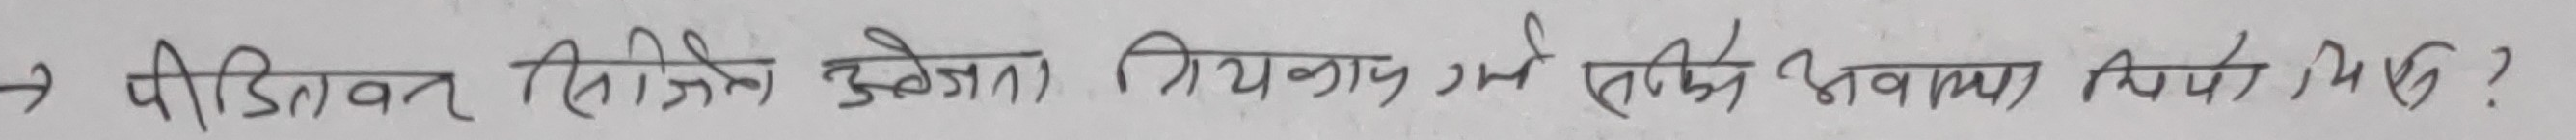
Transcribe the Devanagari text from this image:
पिडिवल दिएको उत्तेजना क्रियाकलाप गर्ने तरिको अवयव के हो ?